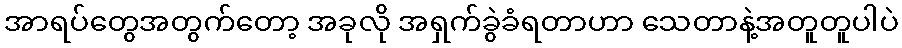
အာရပ်တွေအတွက်တော့ အခုလို အရှက်ခွဲခံရတာဟာ သေတာနဲ့အတူတူပါပဲ